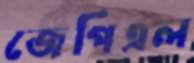
জেপিএল